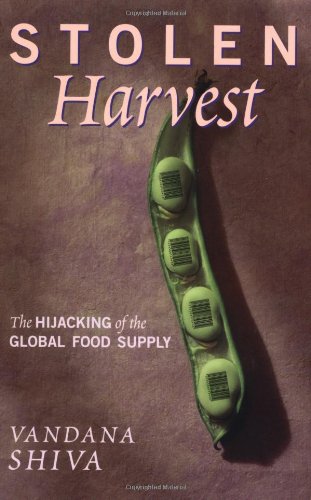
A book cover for Stolen Harvest: The Hijacking of the Global Food Supply; Vandana Shiva; Science & Math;